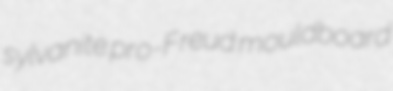
sylvanite pro-Freud mouldboard